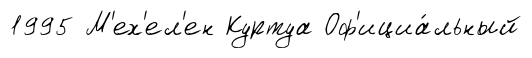
1995 М'ех'ел'ен Куртуа Оф'ициа́льный